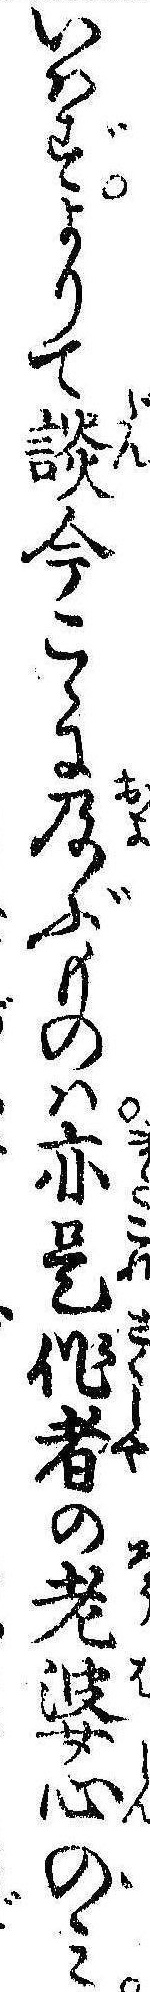
いはずよりて談今こゝに及ぶものは亦是作者の老婆心のみ